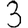
Digit: 3